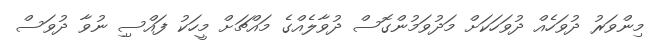
މިންވަރު ދުވަހެއް ދުވަހަކަށް މަދުވަމުންގޮސް ދުވާލެއްގެ މައްޗަށް މީހަކު ފައްސިި ނުވާ ދުވަސް